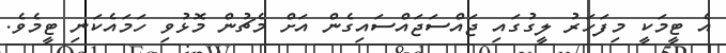
އެ ޓީމަކީ މިފަހަރު ލީގުގައި ޖައްސަޖައްސައިގެން އަށް މެޗުން މޮޅުވި ހަމައެކަނި ޓީމެވެ.